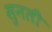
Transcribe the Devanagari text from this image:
सुनली